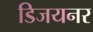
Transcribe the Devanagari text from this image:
डिजयनर